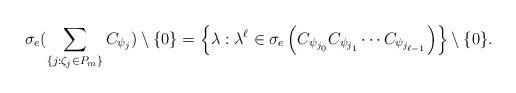
LaTeX: \begin{align*}\sigma_e(\sum_{\{j:\zeta_j\in P_m\}} C_{\psi_j}) \setminus\{0\} = \left\{\lambda: \lambda^\ell \in \sigma_e\left(C_{\psi_{j_0}}C_{\psi_{j_1}} \cdots C_{\psi_{j_{\ell -1}}}\right)\right\}\setminus\{0\}.\end{align*}